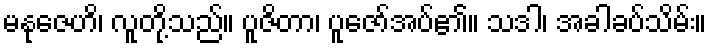
မနုဇေဟိ၊ လူတို့သည်။ ပူဇိတာ၊ ပူဇော်အပ်၏။ သဒါ၊ အခါခပ်သိမ်း။